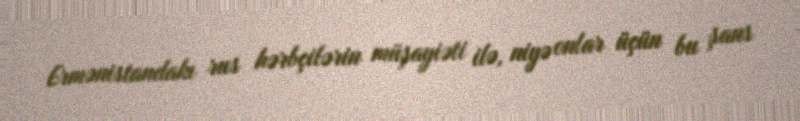
Ermənistandakı rus hərbçilərin müşayiəti ilə, niyə onlar üçün bu şans